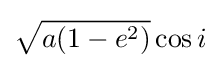
{\sqrt {a(1-e^{2})}}\cos i